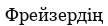
Фрейзердің